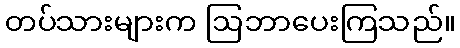
တပ်သားများက ဩဘာပေးကြသည်။